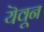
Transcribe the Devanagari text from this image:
यॆवून